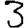
Digit: 3